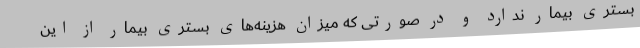
بستری بیمار ندارد و در صورتی که میزان هزینه‌های بستری بیمار از این